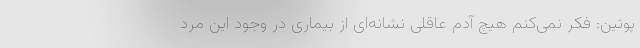
پوتین: فکر نمی‌کنم هیچ آدم عاقلی نشانه‌ای از بیماری در وجود این مرد